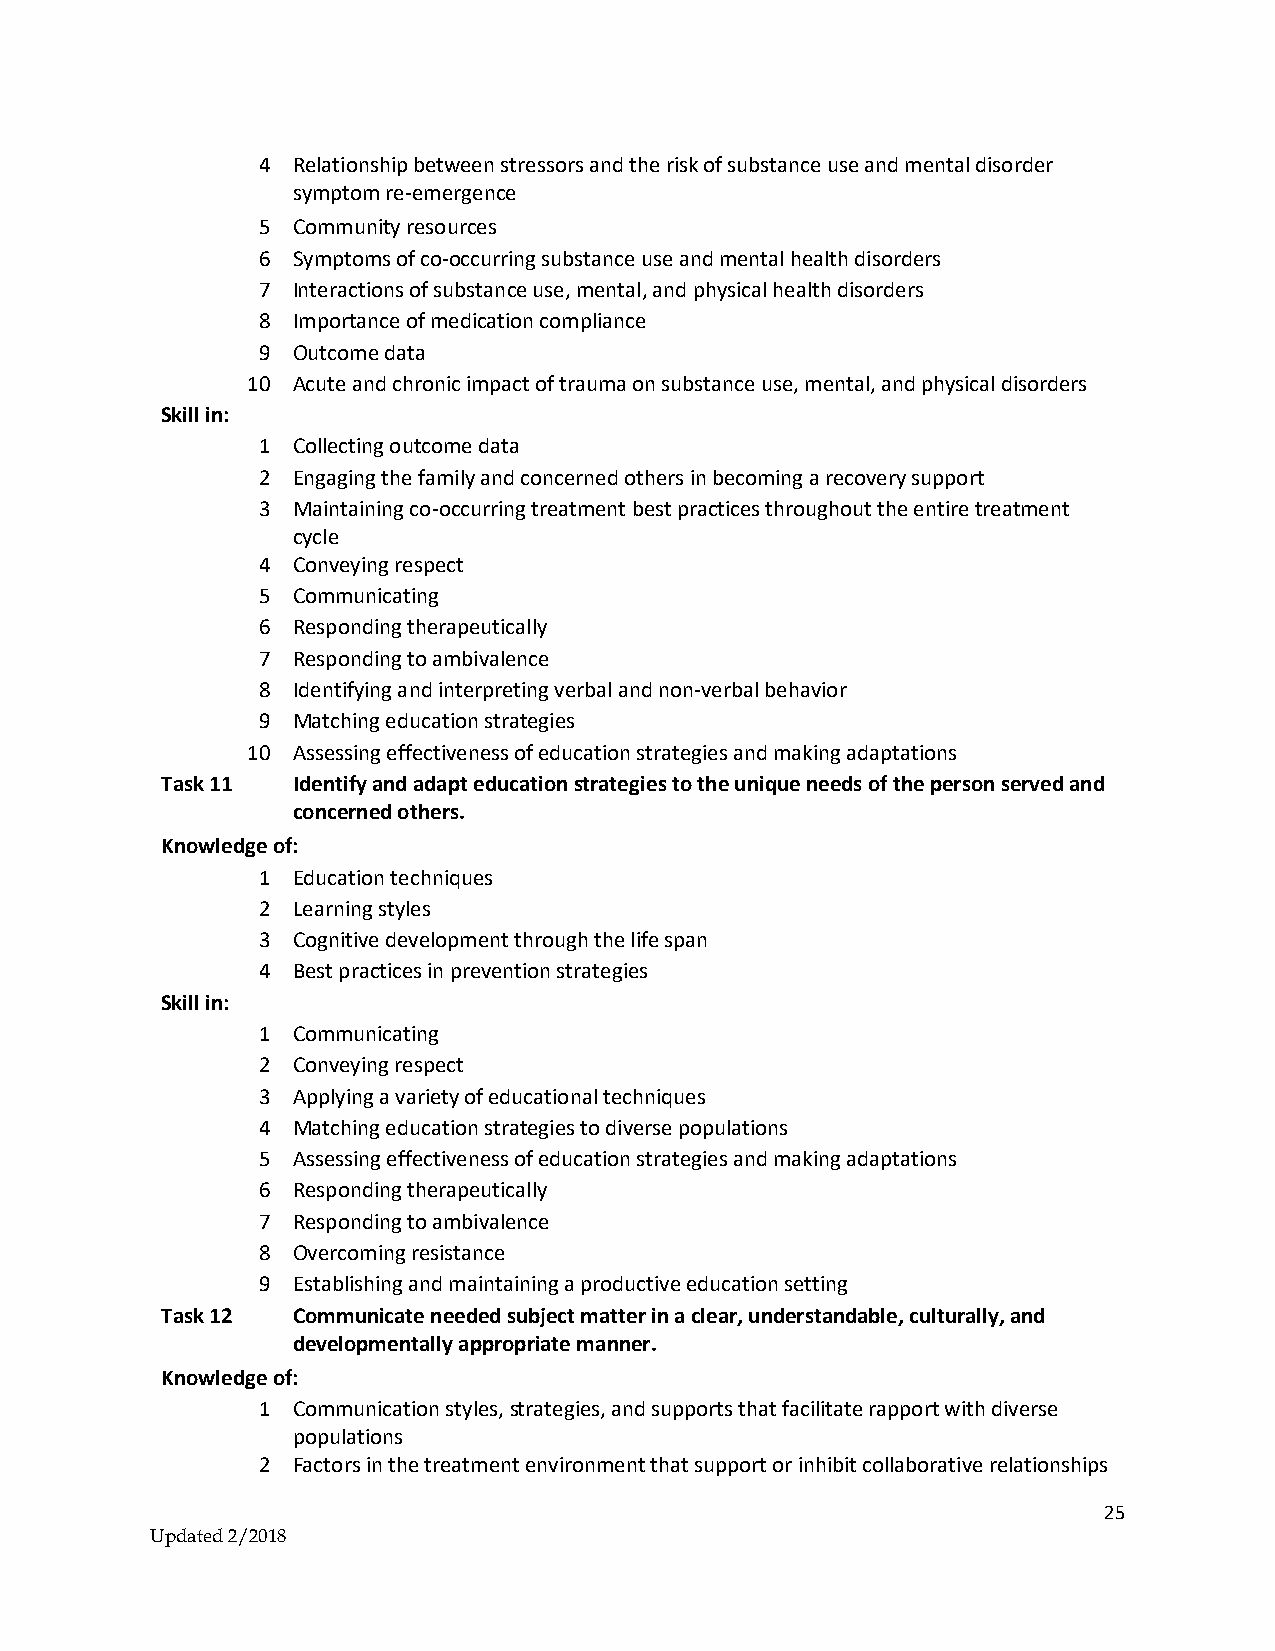
4 Relationship between stressors and the risk of substance use and mental disorder
 symptom re-emergence
 5 Community resources
 6 Symptoms of co-occurring substance use and mental health disorders
 7 Interactions of substance use, mental, and physical health disorders
 8 Importance of medication compliance
 9 Outcome data
 10 Acute and chronic impact of trauma on substance use, mental, and physical disorders
 Skill in:
 1 Collecting outcome data
 2 Engaging the family and concerned others in becoming a recovery support
 3 Maintaining co-occurring treatment best practices throughout the entire treatment
 cycle
 4 Conveying respect
 5 Communicating
 6 Responding therapeutically
 7 Responding to ambivalence
 8 Identifying and interpreting verbal and non-verbal behavior
 9 Matching education strategies
 10 Assessing effectiveness of education strategies and making adaptations
 Task 11 Identify and adapt education strategies to the unique needs of the person served and
 concerned others.
 Knowledge of:
 1 Education techniques
 2 Learning styles
 3 Cognitive development through the life span
 4 Best practices in prevention strategies
 Skill in:
 1 Communicating
 2 Conveying respect
 3 Applying a variety of educational techniques
 4 Matching education strategies to diverse populations
 5 Assessing effectiveness of education strategies and making adaptations
 6 Responding therapeutically
 7 Responding to ambivalence
 8 Overcoming resistance
 9 Establishing and maintaining a productive education setting
 Task 12 Communicate needed subject matter in a clear, understandable, culturally, and
 developmentally appropriate manner.
 Knowledge of:
 1 Communication styles, strategies, and supports that facilitate rapport with diverse
 populations
 2 Factors in the treatment environment that support or inhibit collaborative relationships
 25
 Updated 2/2018